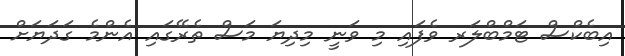
އިބެކްސް ޓަމްބްލަރ ވެފައި މި ވަނީ މިދިޔަ މަސް ތެރޭގައި އެންމެ ގަދަޔަށް